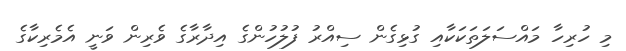
މި ހުރިހާ މައްސަލަތަކަކާއި ގުޅިގެން ސިއްރު ފުލުހުންގެ އިދާރާގެ ވެރިން ވަނީ އެމެރިކާގެ